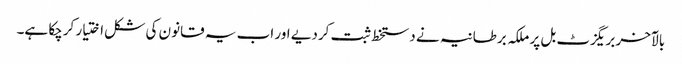
بالآخر بریگزٹ بل پر ملکہ برطانیہ نے دستخط ثبت کردیے اور اب یہ قانون کی شکل اختیار کرچکا ہے۔